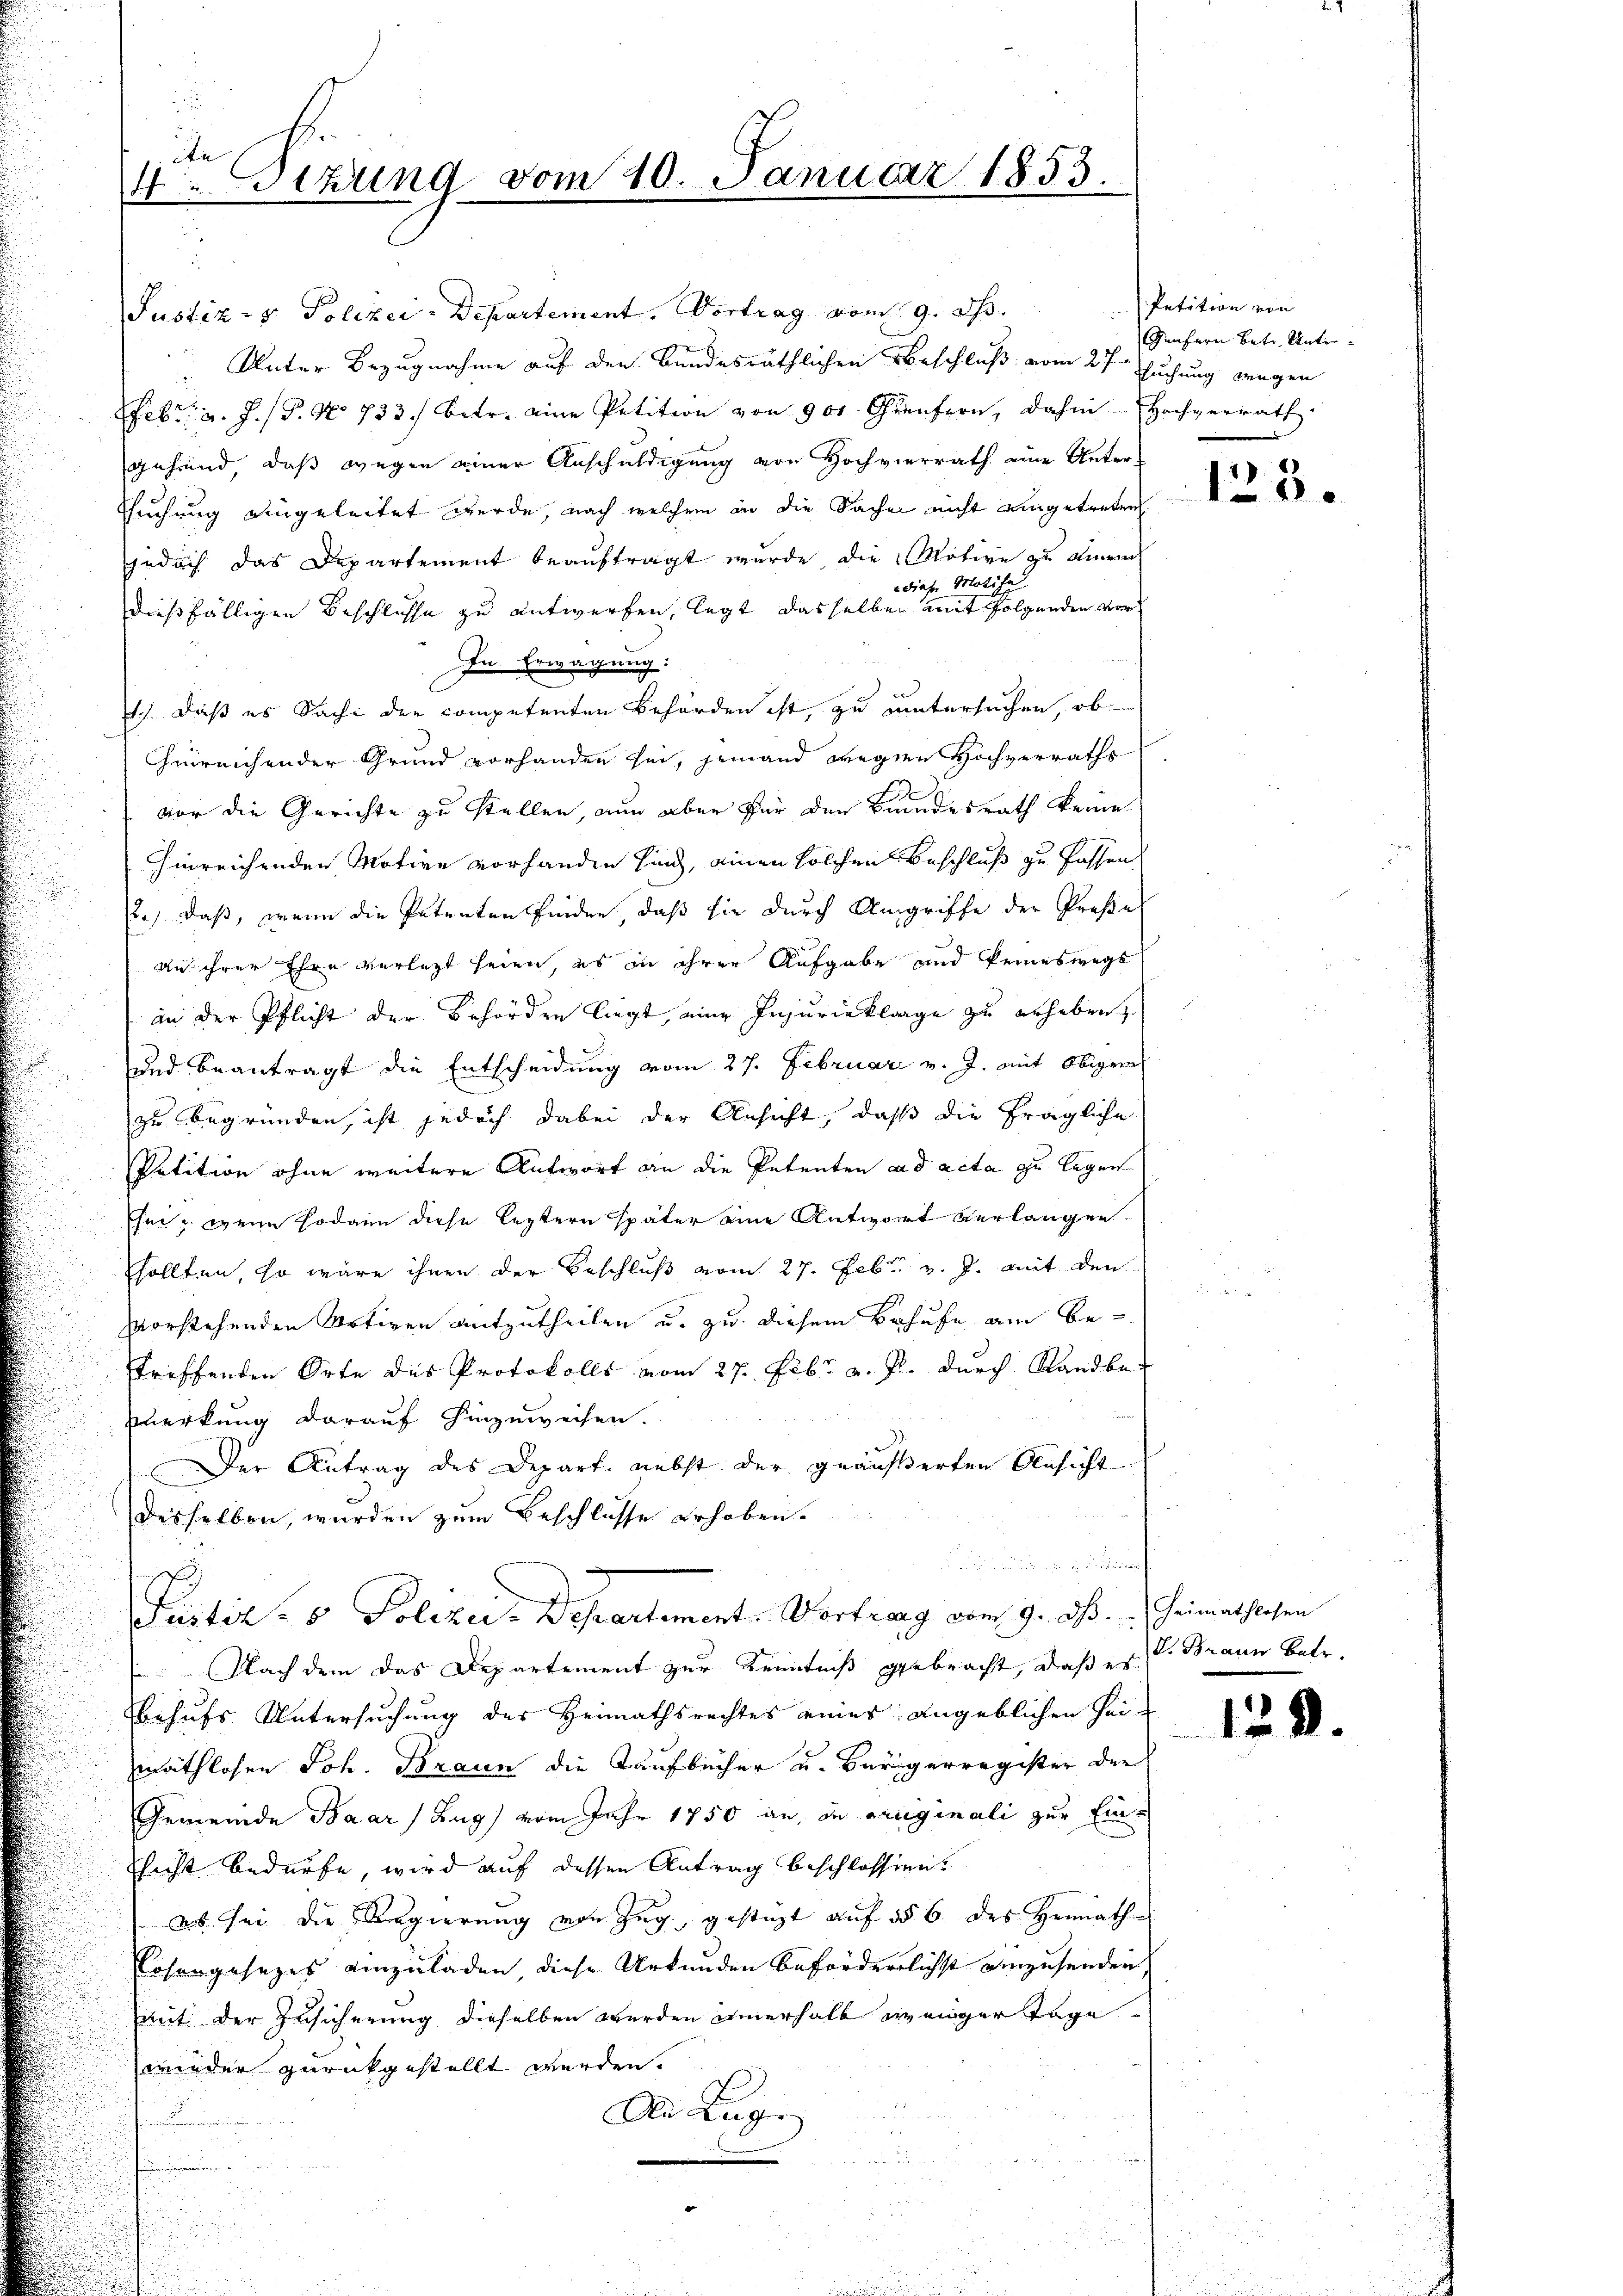
i
4.Sezung vom 10. Januar 1853.

Justiz- & Polizei-Departement, Vertrag vom 9. d.
Unter Bezugnahme auf den Bundesräthlichen Beschluß vom 27ten suchung wegen
Febr. v. J. P. No 733. betr. eine Petition von 900. Genfern, dahin - Hochverrath
gehend, daß wegen einer Anschuldigung von Hochvierrath eine Unter-
Esuchung eingeleitet werde, nach welchem in die Sachen nicht eingetreten
gedach das Departement beauftragt wurde, die Motive zu eine
diese Molihe
dießfälligen Beschlusse zu entwerfen, legt dasselben mit folgenden vor¬
In Erwägung:
.). Daß es Sache der competenten Behörden ist, zu untersuchen, ob
Chinreichender Grund vorhanden sei, jemand wegen Hochverraths
vor die Gerichte zu stellen, nun aber für den Bundesrath keine
hinreichenden Motive vorhanden sind, einen solchen Beschluß zu fassen
2., daß, wenn die Petenten finden, daß sie durch Angriffe der Preße
an ihrer Ehre verletzt seien, es in ihrer Aufgabe und keineswegs
an der Pflicht der Behörden liegt, eine Injurieklage zu erheben
und beantragt die Entscheidung vom 27. Februar v. J. mit Obigreich
zu begründen, ist jedoch dabei der Ansicht, daß die fragliche
Petition ohne weitere Antwort an die Petenten ad acta zu legen
Eher wenn sodann diese leztern später eine Antwort verlangen
sollten, so wäre ihnen der Beschluß vom 27. Febr. v. J. mit den
vorstehenden Motiven mitzutheilen u. zu diesem Behufe am bestreffenden Orte des Protokolls vom 27. Febr. v. J. durch Randbekerkung darauf hinzuweisen.
Der Antrag des Depart nebst der geäußerten Ansicht
desselben, wurden zum Beschlusse erhoben.
¬
Fustiz- & Polizer-Departement. Vortrag vom 9. d. Heimathlosen
 Nach dem das Departement zur Kenntniß gebracht, daß er Braun betr.
behufs Untersuchung des Heimathsrechtes eines angeblichen Heimathlosen Joh. Braun die Kaufbücher u. Bürgerregister der
Gemeinde Baar Zug vom Jahr 1750 an, die originali zur Einchecht bedürfe, wird auf dessen Antrag beschlossen.
eb sei die Regierung von Zug, gestüzt auf §§ 6 des Heimathosengesezes einzuladen diese Urkunden beförderlichst einzusenden,
mit der Zusicherung dieselben werden innerhalb weniger Tage
wieder zurückgestellt werden.
An Lug
u

Petition von
Genfern betr. Unter¬

123.

13.

d